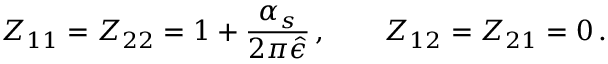
Z _ { 1 1 } = Z _ { 2 2 } = 1 + { \frac { \alpha _ { s } } { 2 \pi \hat { \epsilon } } } \, , \qquad Z _ { 1 2 } = Z _ { 2 1 } = 0 \, .